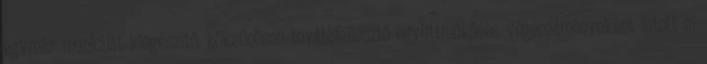
egymás munkáját kiegészítő, kölcsönösen továbbfejlesztő együttműködés végeredményeként jutott el